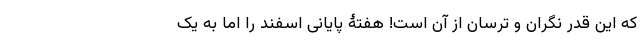
که این قدر نگران و ترسان از آن است! هفتۀ پایانی اسفند را اما به یک